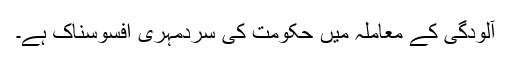
آلودگی کے معاملہ میں حکومت کی سردمہری افسوسناک ہے۔